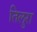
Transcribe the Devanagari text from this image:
तिलुरा